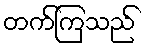
တက်ကြသည်